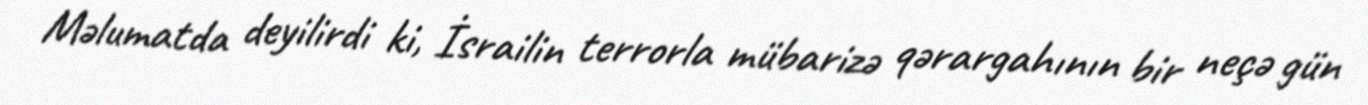
Məlumatda deyilirdi ki, İsrailin terrorla mübarizə qərargahının bir neçə gün